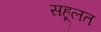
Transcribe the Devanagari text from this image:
सहूलत